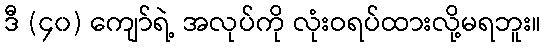
ဒီ (၄၀) ကျော်ရဲ့ အလုပ်ကို လုံးဝရပ်ထားလို့မရဘူး။